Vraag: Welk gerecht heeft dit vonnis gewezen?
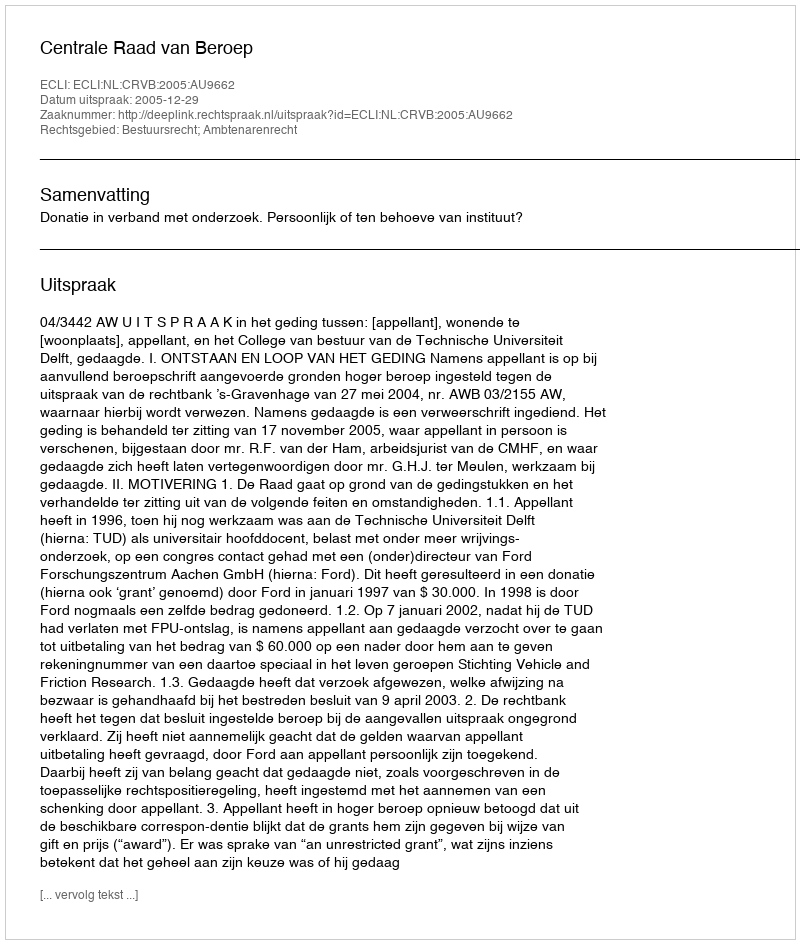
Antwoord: Centrale Raad van Beroep